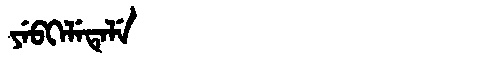
Manchu: ᠶᡝᠪᡴᡝᠯᡝᡨᡝᠯᡝ
Romanization: YEBKELETELE